Annual administration report of the Civil Veterinary Department of India - 1897-1898
Year: 1897
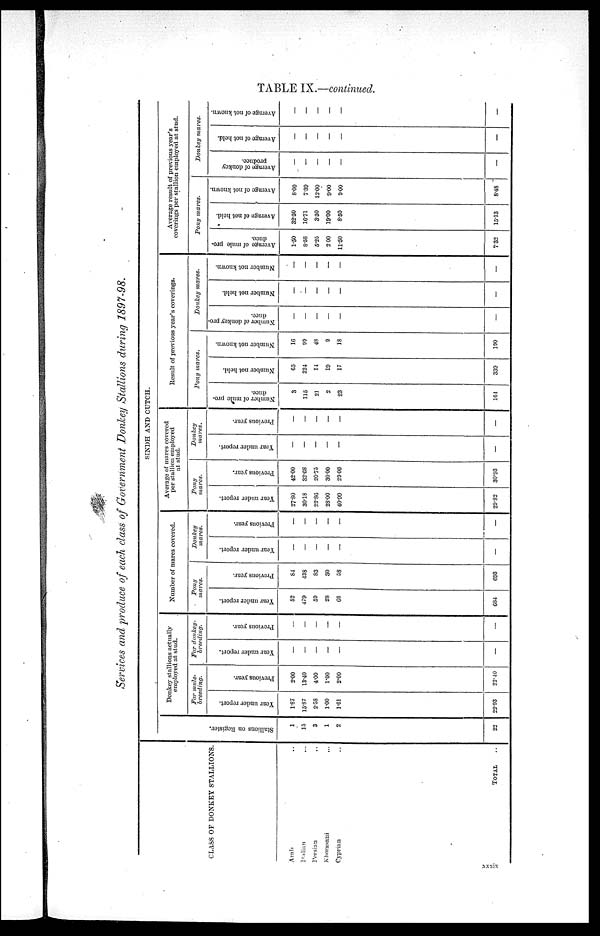
TABLE IX.—continued.
Services and produce of each class of Government Donkey Stallions during 1897—98.
CLASS OF DONKEY STALLIONS.
Arab ..
Italian ...
Persian ..
Khorasani ...
Cyprian ..
TOTAL ..
SINDH AND CUTCH.
Stallions on Register.
1
15
3
1
2
22
Donkey stallions actually
employed at stud.
For mule—
breeding.
Year under report.
1.87
15.87
2.58
1.00
1.61
22.93
Previous year.
2.00
13.40
4.00
1.00
2.00
22.40
For donkey—
breeding.
Year under report.
—
—
—
—
—
—
Previous year.
—
—
—
—
—
—
Number of mares covered.
Pony
mares.
Year under report.
52
479
59
28
66
684
Previous year.
84
438
83
30
58
693
Donkey
mares.
Year under report.
—
—
—
—
—
—
Previous year.
—
—
—
—
—
—
Average of mares covered
per stallion employed
at stud.
Pony
mares.
Year under report.
27.80
30.18
22.86
28.00
40.99
29.82
Previous year.
42.00
32.68
20.75
30.00
29.00
30.93
Donkey
mares.
Year under report.
—
—
—
—
—
—
Previous yean
—
—
—
—
—
—
Result of previous year's coverings.
Pony mares.
Number of mule pro-
duce.
3
115
21
2
23
164
Number not held.
65
224
14
19
17
339
Number not known.
16
99
48
9
18
190
Donkey mares.
Number of donkey pro-
duce.
—
—
—
—
—
—
Number not held.
—
—
—
—
—
—
Number not known.
—
—
—
—
—
—
Average result of previous year's
coverings per stallion employed at stud.
Pony
mares.
Average of mule pro-
duce.
1.50
8.58
5.25
2 00
11.50
7.32
Average of not held.
32.50
16.71
3.50
19.00
8.50
15.13
Average of not known.
8.00
7.39
12.00
9.00
9.00
8.48
Donkey mares.
Average of donkey
produce.
—
—
—
—
—
—
Average of not held.
—
—
—
—
—
—
Average of not known.
—
—
—
—
—
—
xxxix